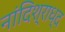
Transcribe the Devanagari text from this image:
नांदिश्राध्द